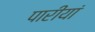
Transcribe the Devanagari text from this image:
पारीयां